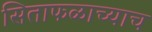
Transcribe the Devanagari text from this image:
सिताफळाच्याच